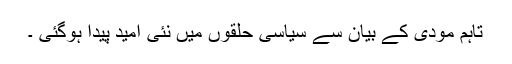
تاہم مودی کے بیان سے سیاسی حلقوں میں نئی امید پیدا ہوگئی ۔